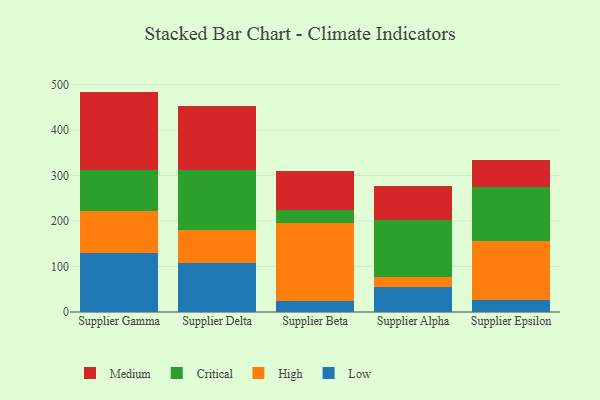
{"axis": {"x": "Supplier", "y": "Shipments"}, "legend": ["Critical", "High", "Low", "Medium"], "data": [{"x": "Supplier Gamma", "y": 130.4, "type": "Low"}, {"x": "Supplier Gamma", "y": 92.6, "type": "High"}, {"x": "Supplier Gamma", "y": 90.2, "type": "Critical"}, {"x": "Supplier Gamma", "y": 171.4, "type": "Medium"}, {"x": "Supplier Delta", "y": 107.8, "type": "Low"}, {"x": "Supplier Delta", "y": 72.3, "type": "High"}, {"x": "Supplier Delta", "y": 132.4, "type": "Critical"}, {"x": "Supplier Delta", "y": 139.9, "type": "Medium"}, {"x": "Supplier Beta", "y": 24.4, "type": "Low"}, {"x": "Supplier Beta", "y": 170.6, "type": "High"}, {"x": "Supplier Beta", "y": 28.5, "type": "Critical"}, {"x": "Supplier Beta", "y": 86.9, "type": "Medium"}, {"x": "Supplier Alpha", "y": 55.1, "type": "Low"}, {"x": "Supplier Alpha", "y": 21.4, "type": "High"}, {"x": "Supplier Alpha", "y": 124.9, "type": "Critical"}, {"x": "Supplier Alpha", "y": 75.5, "type": "Medium"}, {"x": "Supplier Epsilon", "y": 26.5, "type": "Low"}, {"x": "Supplier Epsilon", "y": 130.4, "type": "High"}, {"x": "Supplier Epsilon", "y": 117.3, "type": "Critical"}, {"x": "Supplier Epsilon", "y": 59.0, "type": "Medium"}]}